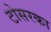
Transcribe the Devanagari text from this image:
टोसरका